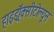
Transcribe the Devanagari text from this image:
हाइड्रॉक्सीटोल्यून